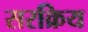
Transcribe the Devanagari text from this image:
सरक्रिय